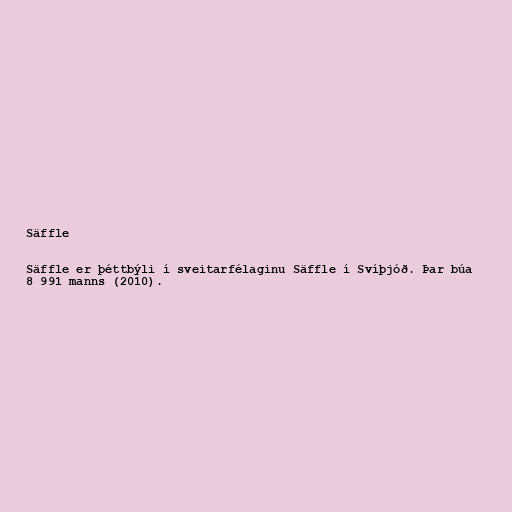
Säffle

Säffle er þéttbýli í sveitarfélaginu Säffle í Svíþjóð. Þar búa
8 991 manns (2010).